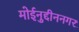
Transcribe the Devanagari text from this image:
मोईनुद्दीननगर